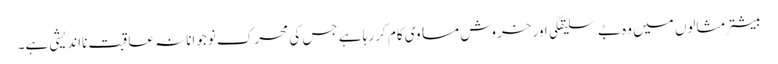
بیشتر مثالوں میں وہ بے سلیقگی اور خروش مساوی کام کر رہا ہے جس کی محرک نوجوانانہ عاقبت نااندیشی ہے۔